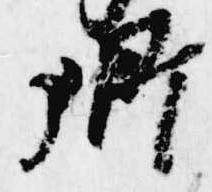
卿